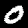
Label: 0